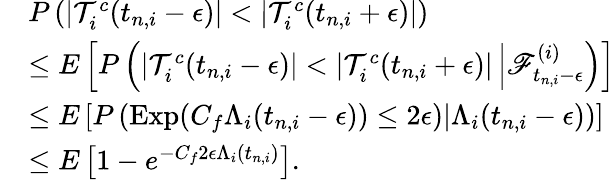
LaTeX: \begin{array}{rl}&{P\left(|\mathcal{T}_{i}^{c}(t_{n,i}-\epsilon)|<|\mathcal{T}_{i}^{c}(t_{n,i}+\epsilon)|\right)}\\ &{\leq E\left[P\left(|\mathcal{T}_{i}^{c}(t_{n,i}-\epsilon)|<|\mathcal{T}_{i}^{c}(t_{n,i}+\epsilon)|\left|\mathscr{F}_{t_{n,i}-\epsilon}^{(i)}\right.\right)\right]}\\ &{\leq E\left[P\left(\left.\mathrm{Exp}(C_{f}\Lambda_{i}(t_{n,i}-\epsilon))\leq 2\epsilon)\right|\Lambda_{i}(t_{n,i}-\epsilon)\right)\right]}\\ &{\leq E\left[1-e^{-C_{f}2\epsilon\Lambda_{i}(t_{n,i})}\right].}\end{array}